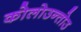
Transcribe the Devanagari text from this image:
कोलोउन्तोउ